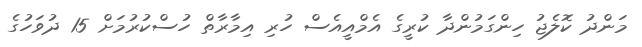
މަންދު ކޮލެޖު ހިންގަމުންދާ ކުރީގެ އެމްއީއެސް ހުރި އިމާރާތް ހުސްކުރުމަށް 15 ދުވަހުގެ